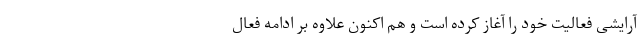
آرایشی فعالیت خود را آغاز کرده است و هم اکنون علاوه بر ادامه فعال